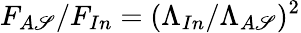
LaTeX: F_{A\mathscr{S}}/F_{In}=(\Lambda_{In}/\Lambda_{A\mathscr{S}})^{2}